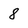
Character: 8